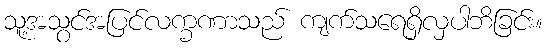
သူ့အသွင်အပြင်လက္ခဏာသည် ကျက်သရေရှိလှပါဘိခြင်း။